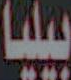
بيليا